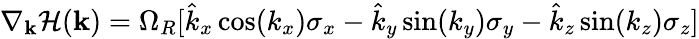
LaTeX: \mathbf{\nabla}_{\mathbf{k}}\mathcal{H}(\mathbf{k})=\Omega_{R}[\hat{k}_{x}\cos(k_{x})\sigma_{x}-\hat{k}_{y}\sin(k_{y})\sigma_{y}-\hat{k}_{z}\sin(k_{z})\sigma_{z}]